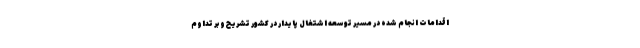
اقدامات انجام شده در مسیر توسعه اشتغال پایدار در کشور تشریح و بر تداوم